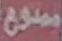
ممنوع